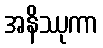
အနိဿုကာ